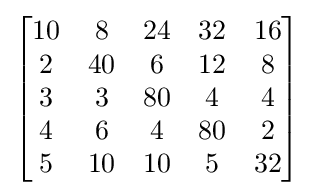
{\begin{bmatrix}{\begin{matrix}10&8&24&32&16\\2&40&6&12&8\\3&3&80&4&4\\4&6&4&80&2\\5&10&10&5&32\end{matrix}}\end{bmatrix}}